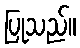
ပြုသည်။